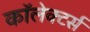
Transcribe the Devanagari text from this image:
कॉलेक्टर्स